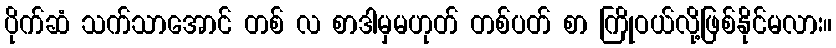
ပိုက်ဆံ သက်သာအောင် တစ် လ စာဒါမှမဟုတ် တစ်ပတ် စာ ကြိုဝယ်လို့ဖြစ်နိုင်မလား။